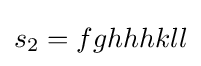
s_{2}=fghhhkll